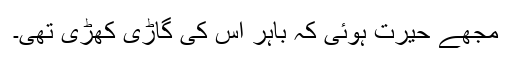
مجھے حیرت ہوئی کہ باہر اس کی گاڑی کھڑی تھی۔